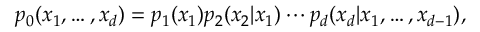
p _ { 0 } ( x _ { 1 } , \ldots , x _ { d } ) = p _ { 1 } ( x _ { 1 } ) p _ { 2 } ( x _ { 2 } | x _ { 1 } ) \cdots p _ { d } ( x _ { d } | x _ { 1 } , \ldots , x _ { d - 1 } ) ,